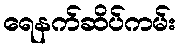
ရေနက်ဆိပ်ကမ်း